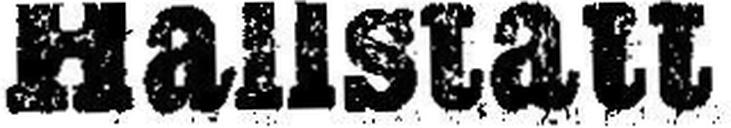
Hallstatt